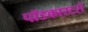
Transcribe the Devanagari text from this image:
पॉडकास्टरों